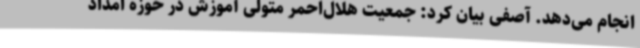
انجام می‌دهد. آصفی بیان کرد: جمعیت هلال‌احمر متولی آموزش در حوزه امداد